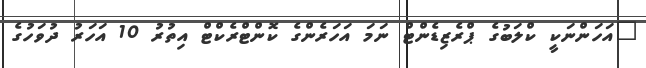
"އަހަންނަކީ ކްލަބުގެ ޕްރެޒިޑެންޓް ނަމަ އަހަރެންގެ ކޮންޓްރެކްޓް އިތުރު 10 އަހަރު ދުވަހުގެ